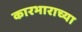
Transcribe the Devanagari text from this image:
कारभाराच्या